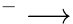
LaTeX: ^{-}\longrightarrow